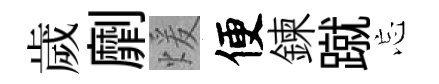
歲劘煖便鍊蹴忘